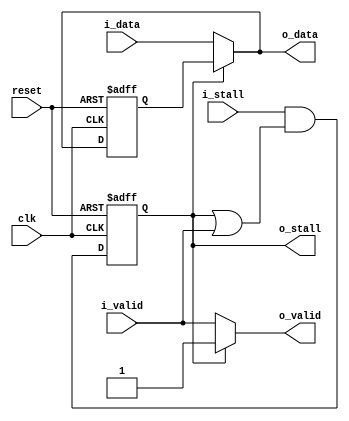
module acl_staging_reg
(
    clk, reset, i_data, i_valid, o_stall, o_data, o_valid, i_stall
);

/*************
* Parameters *
*************/
parameter WIDTH=32;

/********
* Ports *
********/
// Standard global signals
input clk;
input reset;

// Upstream interface
input [WIDTH-1:0] i_data;
input i_valid;
output o_stall;

// Downstream interface
output [WIDTH-1:0] o_data;
output o_valid;
input i_stall;

/***************
* Architecture *
***************/
reg [WIDTH-1:0] r_data;
reg r_valid;

// Upstream
assign o_stall = r_valid;

// Downstream
assign o_data = (r_valid) ? r_data : i_data;
assign o_valid = (r_valid) ? r_valid : i_valid;

// Storage reg
always@(posedge clk or posedge reset)
begin
    if(reset == 1'b1)
    begin
        r_valid <= 1'b0;
        r_data <= 'x;   // don't need to reset
    end
    else
    begin
        if (~r_valid) r_data <= i_data;
        r_valid <= i_stall && (r_valid || i_valid);
    end
end

endmodule